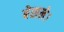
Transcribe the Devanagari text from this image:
बेसले।